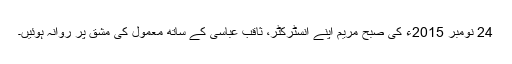
24 نومبر 2015ء کی صبح مریم اپنے انسٹرکٹر، ثاقب عباسی کے ساتھ معمول کی مشق پر روانہ ہوئیں۔